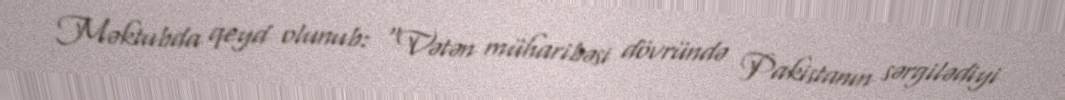
Məktubda qeyd olunub: “Vətən müharibəsi dövründə Pakistanın sərgilədiyi